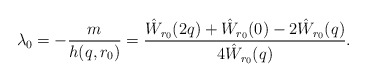
\begin{align*}\lambda_0 = -\frac{m}{h(q,r_0)} = \frac{\hat W_{r_0}(2q) + \hat W_{r_0}(0) - 2\hat W_{r_0}(q)}{4\hat W_{r_0}(q)}.\end{align*}